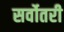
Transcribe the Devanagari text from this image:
सर्वोतरी